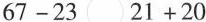
$6 7 - 2 3 \circ 2 1 + 2 0$$